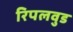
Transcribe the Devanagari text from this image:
रिपलवुड